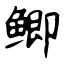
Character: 鲫